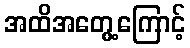
အထိအတွေ့ကြောင့်